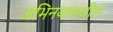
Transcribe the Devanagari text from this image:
अभिनयामधील